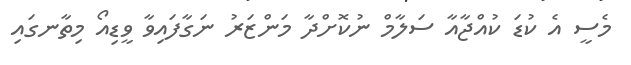
މެސީ އެ ކުޑަ ކުއްޖާއާ ސަލާމް ނުކޮށްދާ މަންޒަރު ނަގާފައިވާ ވީޑިއޯ މިތާނގައި